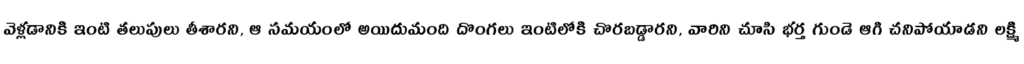
వెళ్లడానికి ఇంటి తలుపులు తీశారని, ఆ సమయంలో అయిదుమంది దొంగలు ఇంటిలోకి చొరబడ్డారని, వారిని చూసి భర్త గుండె ఆగి చనిపోయాడని లక్ష్మి